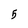
Character: 5